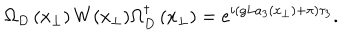
LaTeX: \Omega _ { D } \left( x _ { \perp } \right) W ( x _ { \perp } ) \Omega _ { D } ^ { \dagger } \left( x _ { \perp } \right) = e ^ { i ( g L a _ { 3 } \left( x _ { \perp } \right) + \pi ) \tau _ { 3 } } .